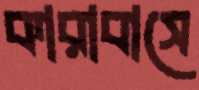
কারাবাসে